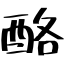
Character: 酪